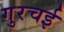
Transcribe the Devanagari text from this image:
गुरचई